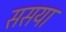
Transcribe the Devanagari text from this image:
ससया